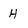
Character: H